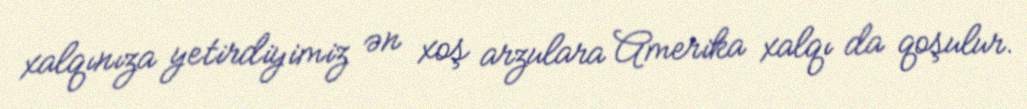
xalqınıza yetirdiyimiz ən xoş arzulara Amerika xalqı da qoşulur.